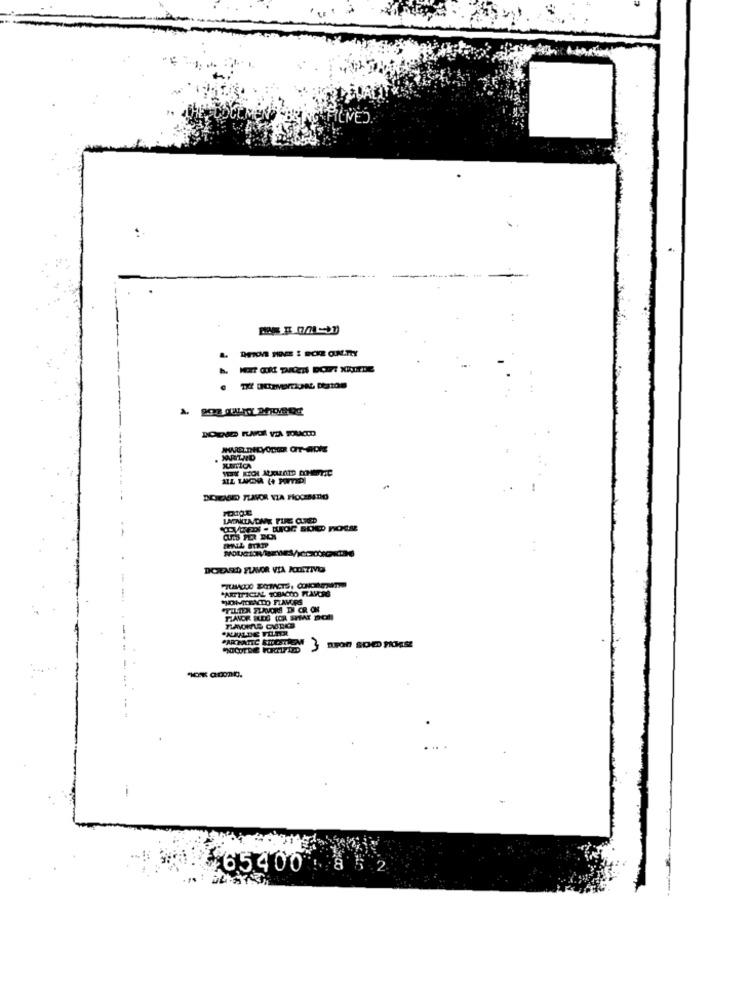
ALL WAOO (+ POTER]
LATAKTA/DANE FIRE CURED
DOHEARD FLAVOR VIA KLITIVO
"ARTIFICIAL TOBACCO FLAVORS
i
¥65400